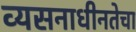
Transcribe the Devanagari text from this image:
व्यसनाधीनतेचा